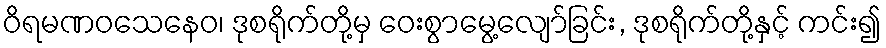
ဝိရမဏဝသေနေဝ၊ ဒုစရိုက်တို့မှ ဝေးစွာမွေ့လျော်ခြင်း, ဒုစရိုက်တို့နှင့် ကင်း၍